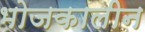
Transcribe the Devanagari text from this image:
भोजकालीन